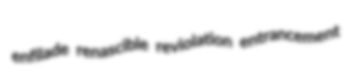
enfilade renascible reviolation entrancement